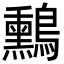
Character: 𪇑